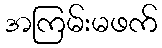
အကြမ်းမဖက်